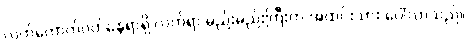
လက်ကောက်ဝတ်နေရာရှိ လက်ရာ မည်းမည်းကြီးက အထင်းသား ပေါ်လာသည်။